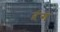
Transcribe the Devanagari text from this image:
ऱंग